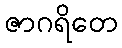
ဇာဂရိတေ